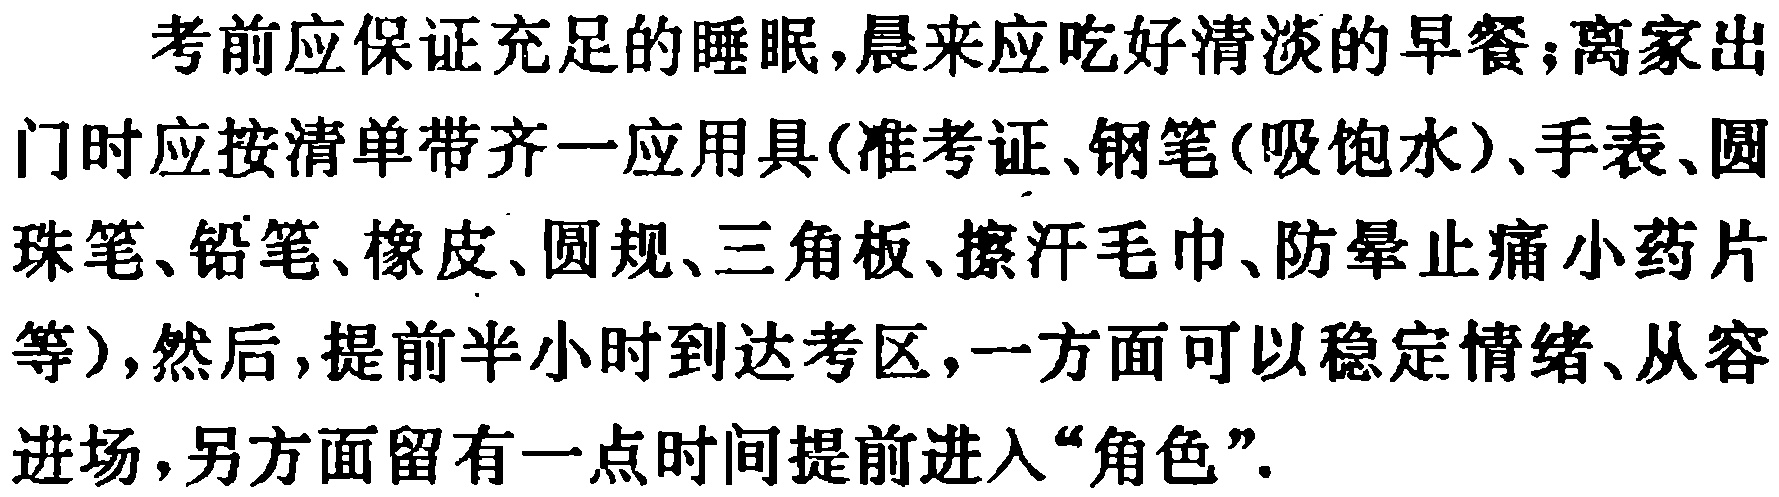
考前应保证充足的睡眠,晨来应吃好清淡的早餐;离家出门时应按清单带齐一应用具(准考证、钢笔(吸饱水)、手表、圆珠笔、铅笔、橡皮、圆规、三角板、擦汗毛巾、防晕止痛小药片等),然后,提前半小时到达考区,一方面可以稳定情绪、从容进场,另方面留有一点时间提前进入“角色”.